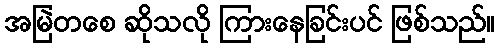
အမြဲတစေ ဆိုသလို ကြားနေခြင်းပင် ဖြစ်သည်။